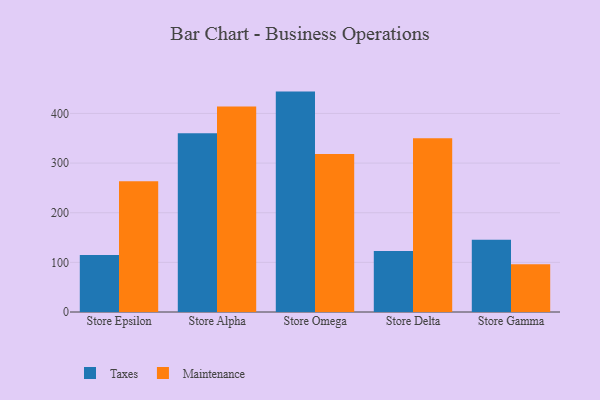
{"axis": {"x": "Store", "y": "Satisfaction Score"}, "legend": ["Maintenance", "Taxes"], "data": [{"x": "Store Epsilon", "y": 114.9, "type": "Taxes"}, {"x": "Store Epsilon", "y": 263.3, "type": "Maintenance"}, {"x": "Store Alpha", "y": 360.3, "type": "Taxes"}, {"x": "Store Alpha", "y": 414.0, "type": "Maintenance"}, {"x": "Store Omega", "y": 444.0, "type": "Taxes"}, {"x": "Store Omega", "y": 318.1, "type": "Maintenance"}, {"x": "Store Delta", "y": 123.0, "type": "Taxes"}, {"x": "Store Delta", "y": 350.0, "type": "Maintenance"}, {"x": "Store Gamma", "y": 145.3, "type": "Taxes"}, {"x": "Store Gamma", "y": 96.1, "type": "Maintenance"}]}